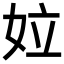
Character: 𡛩